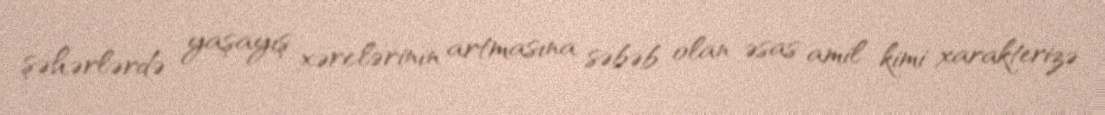
şəhərlərdə yaşayış xərclərinin artmasına səbəb olan əsas amil kimi xarakterizə